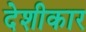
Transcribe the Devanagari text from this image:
देशीकार